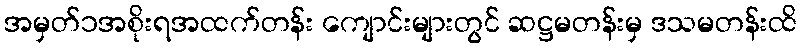
အမှတ်၁အစိုးရအထက်တန်း ကျောင်းများတွင် ဆဋ္ဌမတန်းမှ ဒသမတန်းထိ